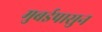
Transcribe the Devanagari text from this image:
मुबईपासुन